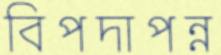
বিপদাপন্ন